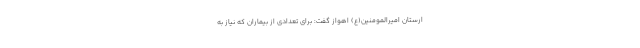
ارستان امیرالمومنین(ع) اهواز گفت: برای تعدادی از بیماران که نیاز به